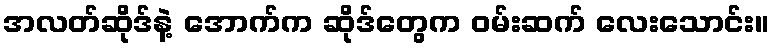
အလတ်ဆိုဒ်နဲ့ အောက်က ဆိုဒ်တွေက ဝမ်းဆက် လေးသောင်း။